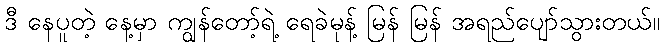
ဒီ နေပူတဲ့ နေ့မှာ ကျွန်တော့်ရဲ့ ရေခဲမုန့် မြန် မြန် အရည်ပျော်သွားတယ်။